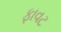
ફાવટ